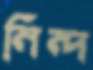
নিন্দ